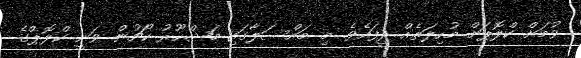
ވުމަށް ކްލޮޕަށް މުހިލަތެއް ދީފައެވެ. މި މައްސަލާގައި މަޝްހޫރު ކޯޗުން ވަނީ ކްލޮޕްގެ